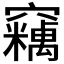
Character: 𱷝